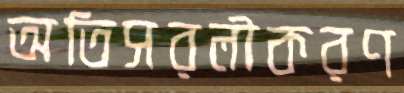
অতিসরলীকরণ